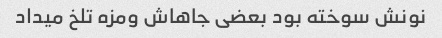
نونش سوخته بود بعضی جاهاش ومزه تلخ میداد